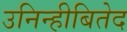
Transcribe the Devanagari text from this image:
उनिन्हीबितेद